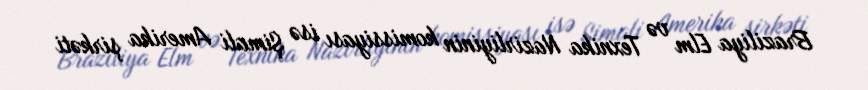
Braziliya Elm və Texnika Nazirliyinin komissiyası isə Şimali Amerika şirkəti